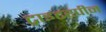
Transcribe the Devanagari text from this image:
ट्राइटरपीन